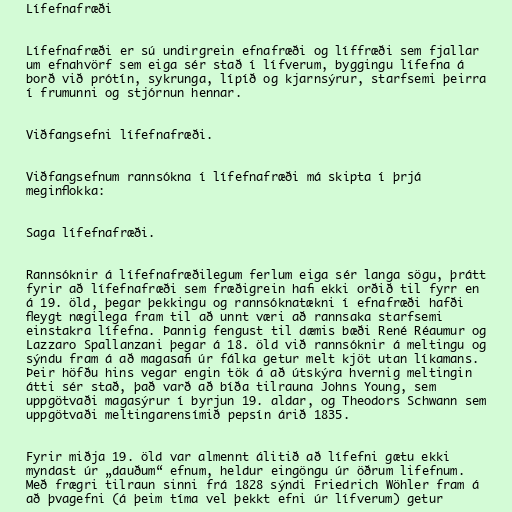
Lífefnafræði

Lífefnafræði er sú undirgrein efnafræði og líffræði sem fjallar
um efnahvörf sem eiga sér stað í lífverum, byggingu lífefna á
borð við prótín, sykrunga, lípíð og kjarnsýrur, starfsemi þeirra
í frumunni og stjórnun hennar.

Viðfangsefni lífefnafræði.

Viðfangsefnum rannsókna í lífefnafræði má skipta í þrjá
meginflokka:

Saga lífefnafræði.

Rannsóknir á lífefnafræðilegum ferlum eiga sér langa sögu, þrátt
fyrir að lífefnafræði sem fræðigrein hafi ekki orðið til fyrr en
á 19. öld, þegar þekkingu og rannsóknatækni í efnafræði hafði
fleygt nægilega fram til að unnt væri að rannsaka starfsemi
einstakra lífefna. Þannig fengust til dæmis bæði René Réaumur og
Lazzaro Spallanzani þegar á 18. öld við rannsóknir á meltingu og
sýndu fram á að magasafi úr fálka getur melt kjöt utan líkamans.
Þeir höfðu hins vegar engin tök á að útskýra hvernig meltingin
átti sér stað, það varð að bíða tilrauna Johns Young, sem
uppgötvaði magasýrur í byrjun 19. aldar, og Theodors Schwann sem
uppgötvaði meltingarensímið pepsín árið 1835.

Fyrir miðja 19. öld var almennt álitið að lífefni gætu ekki
myndast úr „dauðum“ efnum, heldur eingöngu úr öðrum lifefnum.
Með frægri tilraun sinni frá 1828 sýndi Friedrich Wöhler fram á
að þvagefni (á þeim tíma vel þekkt efni úr lífverum) getur